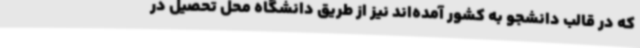
که در قالب دانشجو به کشور آمده‌اند نیز از طریق دانشگاه محل تحصیل در